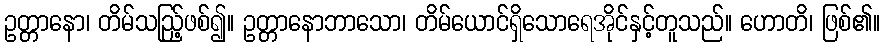
ဥတ္တာနော၊ တိမ်သည်ြ့ဖစ်၍။ ဥတ္တာနောဘာသော၊ တိမ်ယောင်ရှိသောရေအိုင်နှင့်တူသည်။ ဟောတိ၊ ဖြစ်၏။